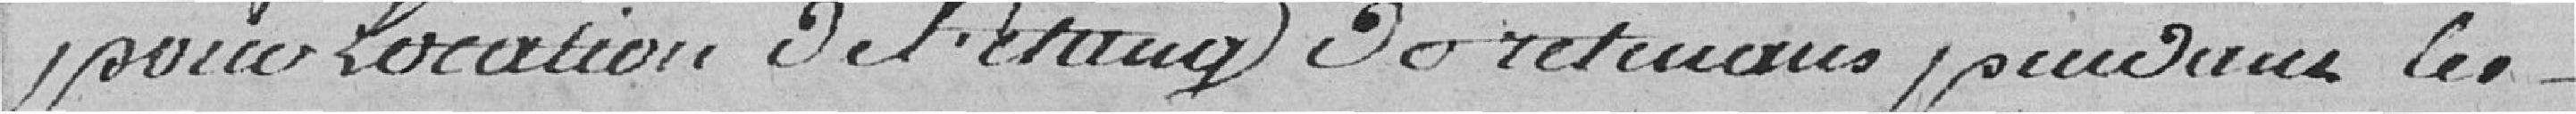
pour location de l'étang du retenu pendant les